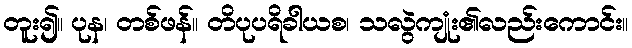
တူး၍။ ပုန၊ တစ်ဖန်။ တိပုပရိခါယစ၊ သလွဲကျုံး၏လည်းကောင်း။